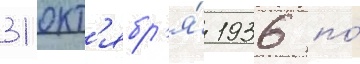
31 окт'ябр'я́ 1936 по́